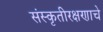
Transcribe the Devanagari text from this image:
संस्कृतीरक्षणाचे